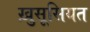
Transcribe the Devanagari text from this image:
ख़ुसूसियत